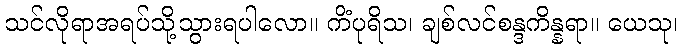
သင်လိုရာအရပ်သို့သွားရပါလော။ ကိံပုရိသ၊ ချစ်လင်စန္ဒကိန္နရာ။ ယေသု၊